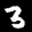
Label: 3